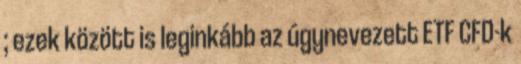
; ezek között is leginkább az úgynevezett ETF CFD-k